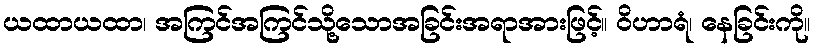
ယထာယထာ၊ အကြင်အကြင်သို့သောအခြင်းအရာအားဖြင့်။ ဝိဟာရံ၊ နေခြင်းကို။